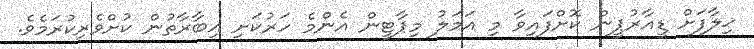
ޚިލާފަށް ޑީއާރުޕީން ކޮށްފައިވާ މި އަމަލު މިޕާޓީން އެންމެ ހަރުކަށި އިބާރާތުން ކުށްވެރިކުރަމެވެ.